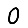
Digit: 0